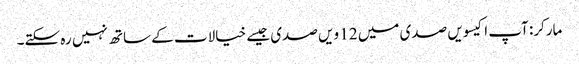
مارکر: آپ اکیسویں صدی میں 12 ویں صدی جیسے خیالات کے ساتھ نہیں رہ سکتے۔